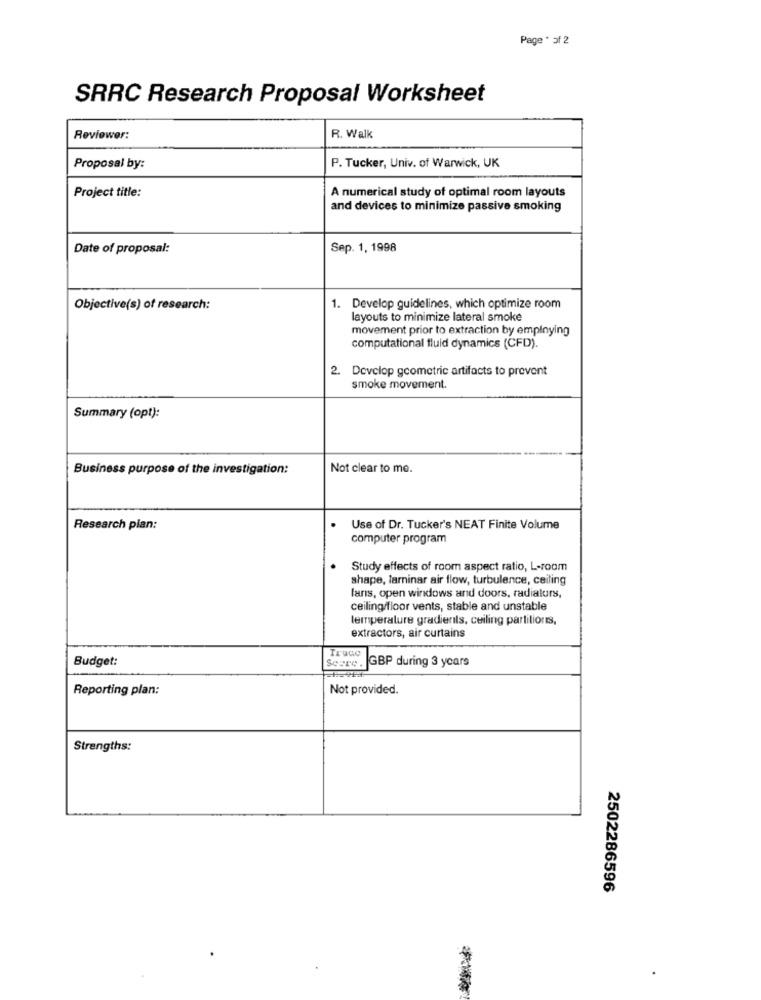
Page * of 2
SRRC Research Proposal Worksheet
Reviewer:
R. Walk
Proposal by:
P. Tucker, Univ. of Warwick, UK
A numerical study of optimal room layouts
Project title:
and devices to minimize passive smoking
Date of proposal:
Sep. 1, 1998
Objective(s) of research:
1. Develop guidelines, which optimize room
layouts to minimize lateral smoke
movement prior to extraction by employing
computational fluid dynamics (CFD).
2. Develop geometric artifacts to prevent
smoke movement.
Summary (opt):
Business purpose of the investigation:
Not clear to me.
Research plan:
Use of Dr. Tucker's NEAT Finite Volume
computer program
Study effects of room aspect ratio, L-room
shape, larninar air flow, turbulence, ceiling
fans, open windows and doors, radialurs,
ceiling/floor vents, stable and unstable
temperature gradients, ceiling partitions,
extractors, air curtains
Trade
Budget:
SCETC.
GBP during 3 years
Reporting plan:
Not provided.
Strengths:
2502286596